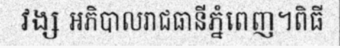
វង្ស អភិបាលរាជធានីភ្នំពេញ។ពិធី